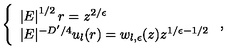
\left\{ \begin{array} { l } { \left| E \right| ^ { 1 / 2 } r = z ^ { 2 / \epsilon } } \\ { | E | ^ { - D ^ { \prime } / 4 } u _ { l } ( r ) = w _ { l , \epsilon } ( z ) z ^ { 1 / \epsilon - 1 / 2 } } \\ \end{array} \right. ,